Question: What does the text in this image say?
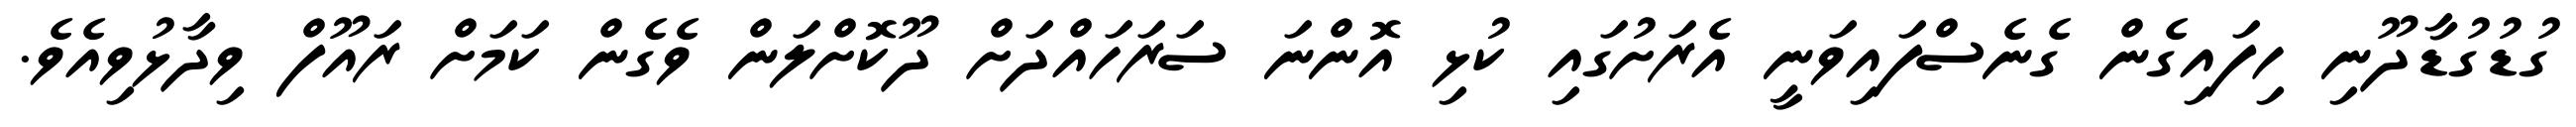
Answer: ގުޑުގުޑާދޫނި ހިފައިގެން ގެނެސްފައިވަނީ އެރަށުގައި ކުޅި އޮންނަ ސަރަހައްދަށް ދޫކޮށްލަން ވެގެން ކަމަށް ރައޫފް ވިދާޅުވިއެވެ.